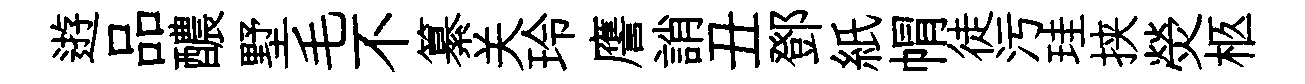
逰品醲墅毛不纂关玲譍誚丑鄧紙㡌徒污珪挟熒柩